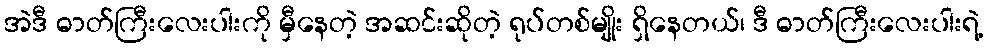
အဲဒီ ဓာတ်ကြီးလေးပါးကို မှီနေတဲ့ အဆင်းဆိုတဲ့ ရုပ်တစ်မျိုး ရှိနေတယ်၊ ဒီ ဓာတ်ကြီးလေးပါးရဲ့